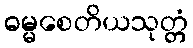
ဓမ္မစေတိယသုတ္တံ